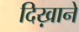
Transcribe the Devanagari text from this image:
दिख़ाने